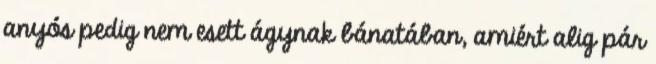
anyós pedig nem esett ágynak bánatában, amiért alig pár